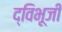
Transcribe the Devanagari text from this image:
द्विभूजी